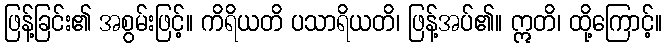
ဖြန့်ခြင်း၏ အစွမ်းဖြင့်။ ကိရိယတိ ပသာရိယတိ၊ ဖြန့်အပ်၏။ ဣတိ၊ ထို့ကြောင့်။